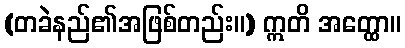
(တခဲနည်၏အဖြစ်တည်း။) ဣတိ အတ္ထော။